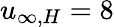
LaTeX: u_{\infty,H}=8